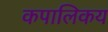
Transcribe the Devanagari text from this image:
कपालिकय